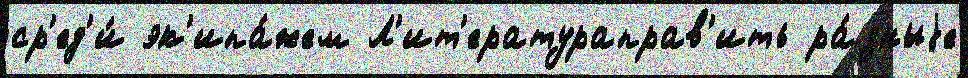
ср'ед'и́ эк'ипа́жем Л'ит'ератураправ'ить ра́зныjе